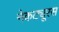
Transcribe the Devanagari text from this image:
नेकट्यूरस